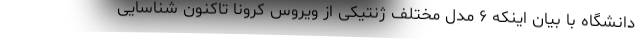
دانشگاه با بیان اینکه ۶ مدل مختلف ژنتیکی از ویروس کرونا تاکنون شناسایی